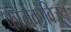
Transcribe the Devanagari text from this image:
कोलेकोविजन